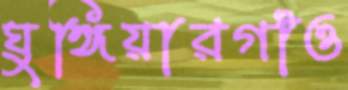
ঘুঙ্গিয়ারগাঁও